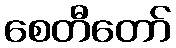
စေတီတော်